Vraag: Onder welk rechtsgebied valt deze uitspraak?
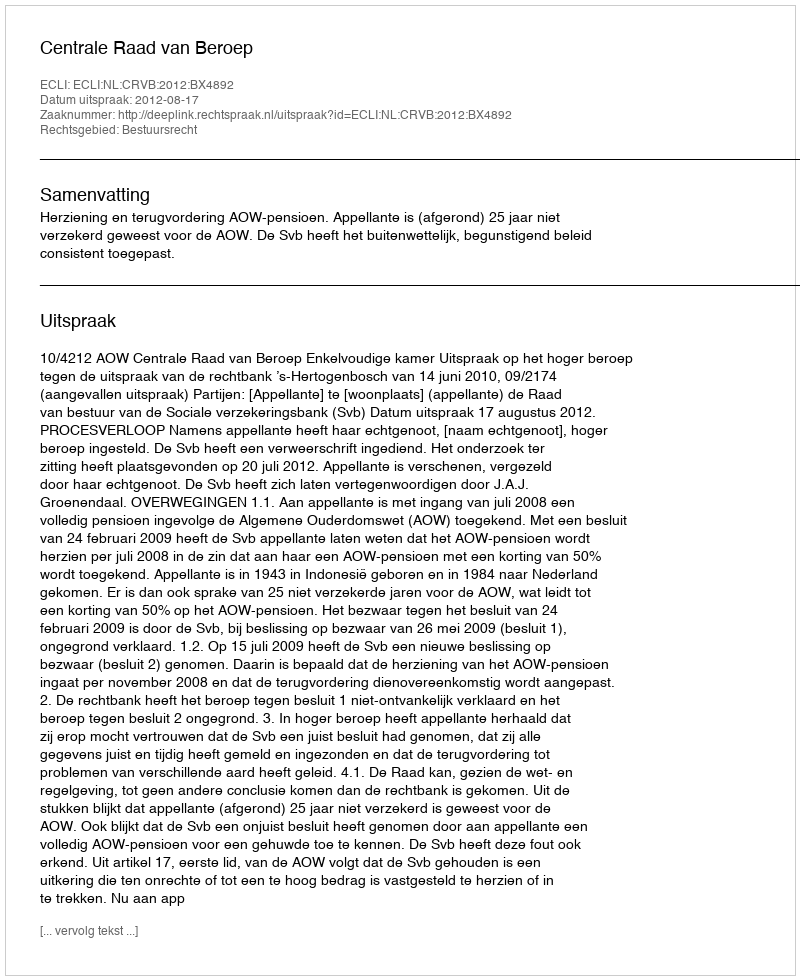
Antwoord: Bestuursrecht